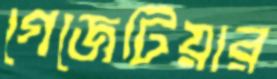
গেজেটিয়ার